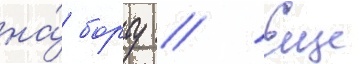
на́ борту // Еще